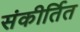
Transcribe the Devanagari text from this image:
संकीर्तित